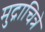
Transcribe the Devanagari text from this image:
मुद्राचित्रे